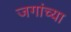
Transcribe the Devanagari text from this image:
जगांच्या